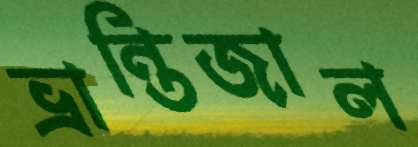
ভ্রান্তিজাল